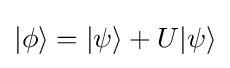
|\phi \rangle =|\psi \rangle +U|\psi \rangle